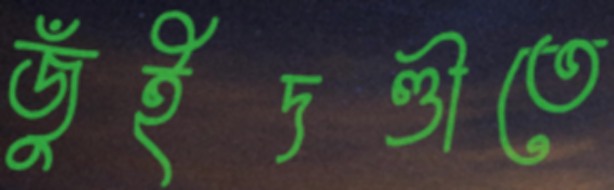
জুঁইদণ্ডীতে